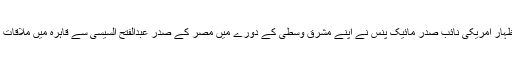
ان خیالات کا اظہار امریکی نائب صدر مائیک پنس نے اپنے مشرق وسطیٰ کے دورے میں مصر کے صدر عبدالفتح السیسی سے قاہرہ میں ملاقات کے دوران کیا۔